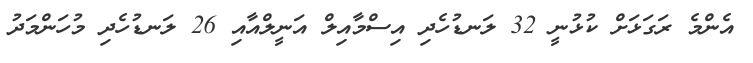
އެންމެ ރަގަޅަށް ކުޅުނީ 32 ލަނޑުހެދި އިސްމާއިލް އަނީލްއާއި 26 ލަނޑުހެދި މުހަންމަދު